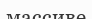
массиве